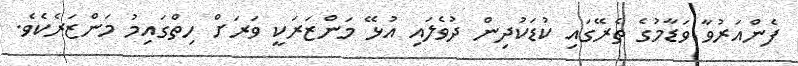
ފެންއަރުވާ ވަޑާމުގެ ތެރޭގައި ކުޑަކުދިން ދުވެލައި އުޅޭ މަންޒަރަކީ ވަރަށް ހިތްގައިމު މަންޒަރެކެވެ.